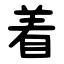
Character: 着